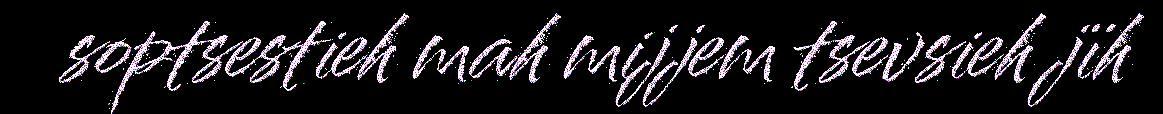
soptsestieh mah mijjem tsevsieh jïh